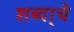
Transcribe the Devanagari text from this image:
शब्दा्चे